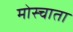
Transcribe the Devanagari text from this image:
मोस्चाता